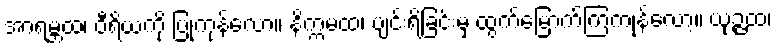
အာရမ္ဘထ၊ ဝီရိယကို ပြုကုန်လော့။ နိက္ကမထ၊ ပျင်းရိခြင်းမှ ထွက်မြောက်ကြကုန်လော့။ ယုဉ္ဇထ၊